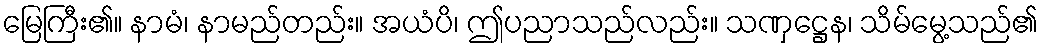
မြေကြီး၏။ နာမံ၊ နာမည်တည်း။ အယံပိ၊ ဤပညာသည်လည်း။ သဏှဋ္ဌေန၊ သိမ်မွေ့သည်၏